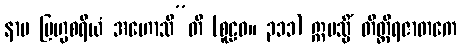
နာမ ဗြဟ္မစရိယံ အဟောသီ”တိ (စူဠဝ။ ၃၁၁) ဣမသ္မိံ တိတ္တိရဇာတကေ